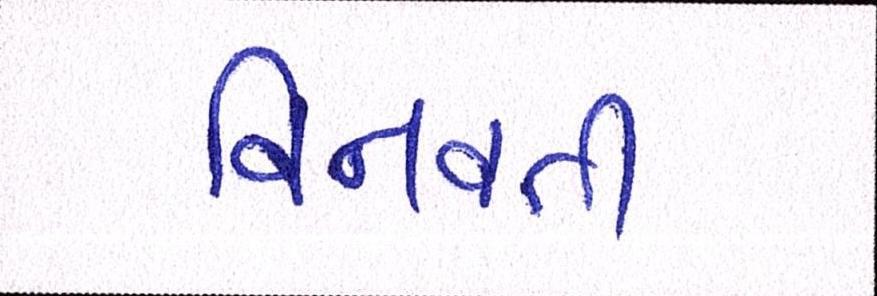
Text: વિનવતી